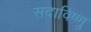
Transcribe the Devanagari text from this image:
सदाविष्णु